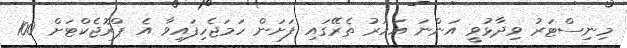
މިނިސްޓަރު ވިދާޅުވީ އަންނަ އަހަރު ތެރޭގައި ފަށަން ހަމަޖެހިފައިވާ އެ ޕްރޮޖެކްޓަށް 100